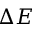
\Delta E